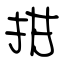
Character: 拑